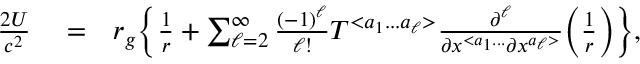
\begin{array} { r l r } { \frac { 2 U } { c ^ { 2 } } } & { { } = } & { r _ { g } \Big \{ \frac { 1 } { r } + \sum _ { \ell = 2 } ^ { \infty } \frac { ( - 1 ) ^ { \ell } } { \ell ! } { \cal T } ^ { < a _ { 1 } . . . a _ { \ell } > } \frac { \partial ^ { \ell } } { \partial x ^ { < a _ { 1 } . . . } \partial x ^ { a _ { \ell } > } } \Big ( \frac { 1 } { r } \Big ) \Big \} , } \end{array}